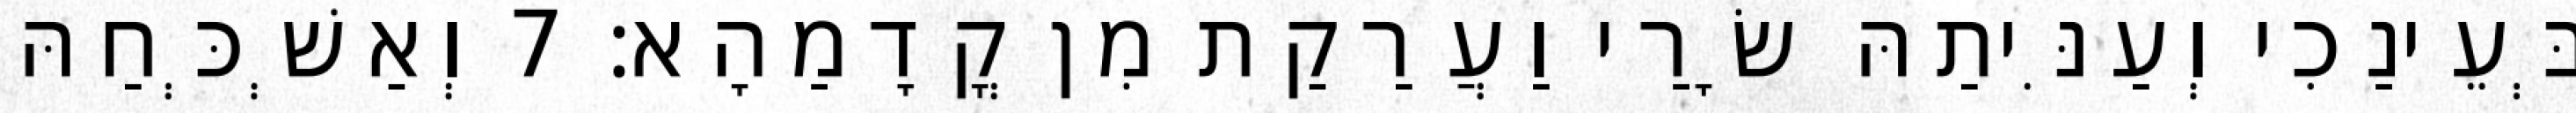
בְּעֵינַכִי וְעַנִּיתַהּ שָׂרַי וַעֲרַקַת מִן קֳדָמַהָא׃ 7 וְאַשְׁכְּחַהּ